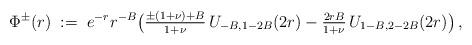
LaTeX: \begin{align*} \Phi^{\pm}(r)\;:=\;e^{-r}r^{-B}\big( \textstyle{\frac{\pm(1+\nu)+B}{1+\nu}}\,U_{-B,1-2B}(2r)-\textstyle{\frac{2rB}{1+\nu}}\,U_{1-B,2-2B}(2r)\big)\,, \end{align*}